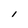
Character: l